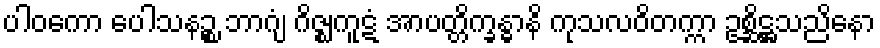
ပါဝကော ပေါသနဉ္စ ဘာဂျံ ဂိဇ္ဈကူဋံ အာပတ္တိက္ခန္ဓာနိ ကုသလဝိတက္ကာ ဥစ္ဆိဋ္ဌသညိနော